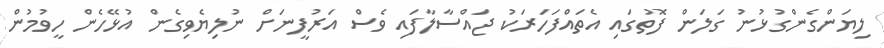
ލިޔަންގެންގުޅުނު ގަލަން ފޮތުގައި އެތައްފަހަރަކު ޖައްސާލާފައި ވެސް އަރުފީނަށް ނުލިޔެވިގެން އުޅޭހެން ހީވުމުން